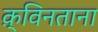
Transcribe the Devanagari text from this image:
क़्विनताना